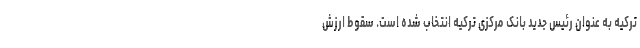
ترکیه به عنوان رئیس جدید بانک مرکزی ترکیه انتخاب شده است. سقوط ارزش